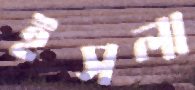
ইসলা